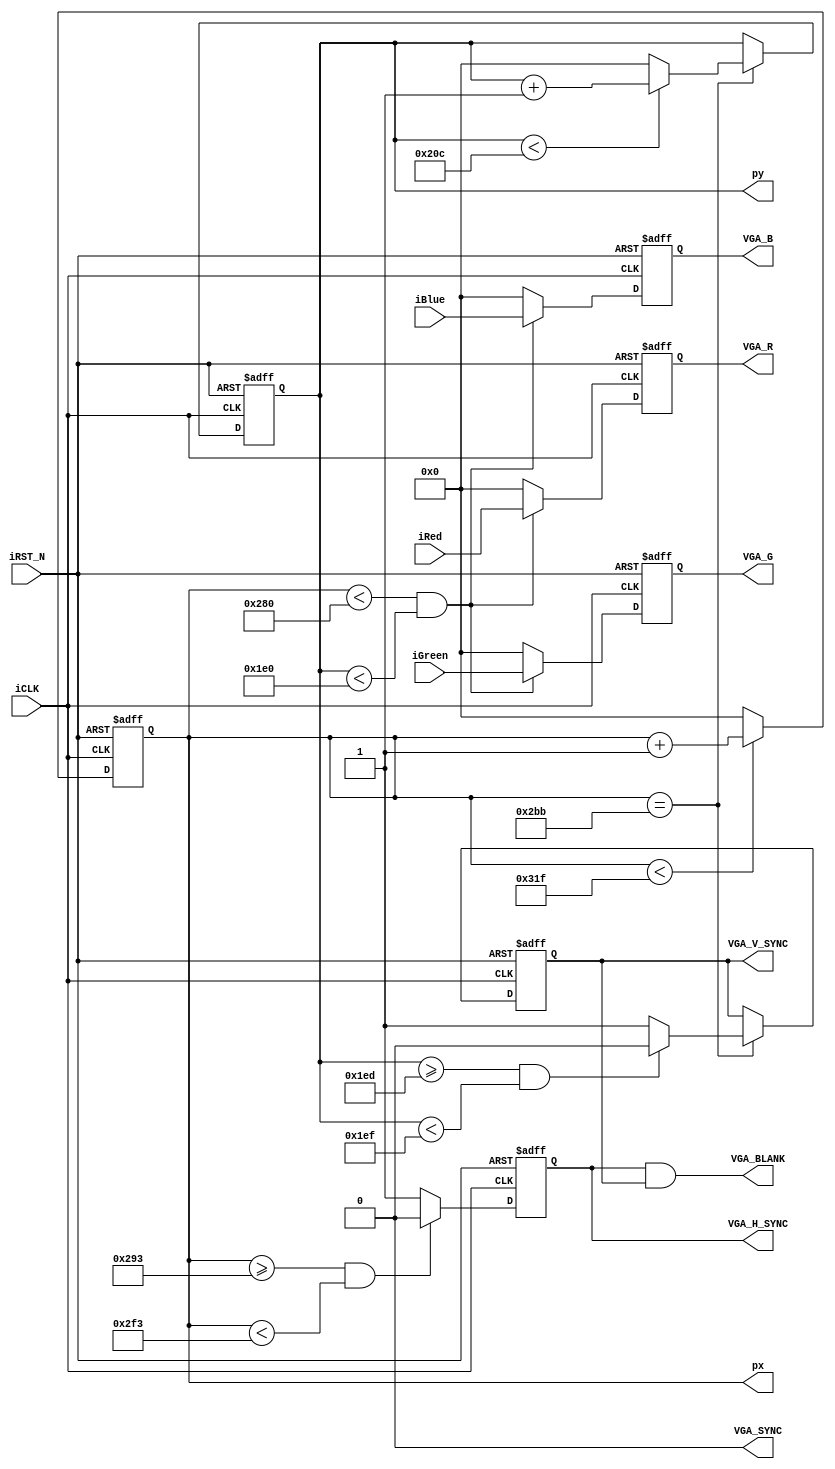
module VGA_Sync(
   input iCLK, 
   input iRST_N,
   input [9:0] iRed,
   input [9:0] iGreen,
   input [9:0] iBlue,
   // pixel coordinates
   output [9:0] px,
   output [9:0] py,
   // VGA Side
    output reg [9:0] VGA_R,
    output reg [9:0] VGA_G,
    output reg [9:0] VGA_B,
//   output [9:0] VGA_R,
//   output [9:0] VGA_G,
//   output [9:0] VGA_B,
   output reg VGA_H_SYNC,
   output reg VGA_V_SYNC,
   output VGA_SYNC,
   output VGA_BLANK
);

assign	VGA_BLANK	=	VGA_H_SYNC & VGA_V_SYNC;
assign	VGA_SYNC	=	1'b0;

reg [9:0] h_count, v_count;
assign px = h_count;
assign py = v_count;


// Horizontal sync

/* Generate Horizontal and Vertical Timing Signals for Video Signal
* h_count counts pixels (640 + extra time for sync signals)
* 
*  horiz_sync  ------------------------------------__________--------
*  h_count       0                640             659       755    799
*/
parameter H_SYNC_TOTAL = 800;
parameter H_PIXELS =     640;
parameter H_SYNC_START = 659;
parameter H_SYNC_WIDTH =  96;

always@(posedge iCLK or negedge iRST_N)
begin
   if(!iRST_N)
   begin
      h_count <= 10'h000;
      VGA_H_SYNC <= 1'b0;
   end
   else
   begin
      // H_Sync Counter
      if (h_count < H_SYNC_TOTAL-1)
        h_count <= h_count + 1'b1;
      else 
        h_count <= 10'h0000;

      if (h_count >= H_SYNC_START && h_count < H_SYNC_START+H_SYNC_WIDTH) 
        VGA_H_SYNC <= 1'b0;
      else
        VGA_H_SYNC <= 1'b1;
   end
end
/*  
*  vertical_sync      -----------------------------------------------_______------------
*  v_count             0                                      480    493-494          524
*/
parameter V_SYNC_TOTAL = 525;
parameter V_PIXELS     = 480;
parameter V_SYNC_START = 493;
parameter V_SYNC_WIDTH =   2;
parameter H_START = 699;

always @(posedge iCLK or negedge iRST_N)
begin
   if (!iRST_N)
   begin
      v_count <= 10'h0000;
      VGA_V_SYNC <= 1'b0;
   end
   else if (h_count == H_START)
   begin
      // V_Sync Counter
      if (v_count < V_SYNC_TOTAL-1)
        v_count <= v_count + 1'b1;
      else 
        v_count <= 10'h0000;

      if (v_count >= V_SYNC_START && v_count < V_SYNC_START+V_SYNC_WIDTH)
        VGA_V_SYNC <= 1'b0;
      else
        VGA_V_SYNC <= 1'b1;
   end
end

wire video_h_on = (h_count < H_PIXELS);
wire video_v_on = (v_count < V_PIXELS);
wire video_on   = video_h_on & video_v_on;

//assign VGA_R = (video_on ? iRed: 10'h000);
//assign VGA_G = (video_on ? iGreen: 10'h000);
//assign VGA_B = (video_on ? iBlue: 10'h000);

// Put all video signals through DFFs to elminate any delays that cause a blurry image
always @(posedge iCLK or negedge iRST_N)
	if (!iRST_N)
	begin
		VGA_R <= 10'h000;
		VGA_G <= 10'h000;
		VGA_B <= 10'h000;
	end
	else
	begin
		if (video_on)
		begin
			VGA_R <= iRed;
			VGA_G <= iGreen;
			VGA_B <= iBlue;
		end
		else
		begin
			VGA_R <= 10'h000;
			VGA_G <= 10'h000;
			VGA_B <= 10'h000;
		end
  end

endmodule